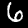
Digit: 6